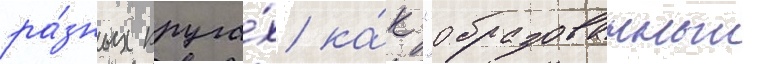
ра́зных круга́х ка́к "образованныи